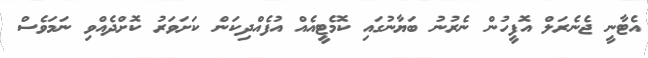
އެޓާނީ ޖެނެރަލް އޮފީހުން ނެރުނު ބަޔާނުގައި ކޮމެޓީއެއް އުފެއްދިކަން ކަށަވަރު ކޮށްދެއްވި ނަމަވެސް